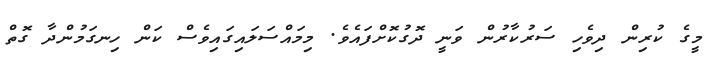
މީގެ ކުރިން ދިވެހި ސަރުކާރުން ވަނީ ދޮގުކޮށްފައެވެ. މިމައްސަލައިގައިވެސް ކަން ހިނގަމުންދާ ގޮތް